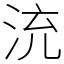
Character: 㳘